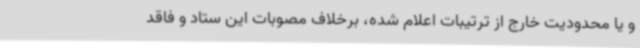
و یا محدودیت خارج از ترتیبات اعلام شده، برخلاف مصوبات این ستاد و فاقد